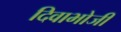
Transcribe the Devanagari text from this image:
दिवाभोजी